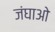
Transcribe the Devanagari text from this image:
जंघाओ